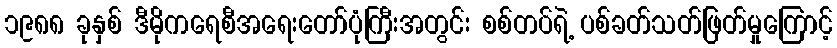
၁၉၈၈ ခုနှစ် ဒီမိုကရေစီအရေးတော်ပုံကြီးအတွင်း စစ်တပ်ရဲ့ ပစ်ခတ်သတ်ဖြတ်မှုကြောင့်